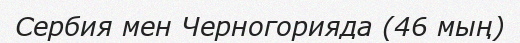
Сербия мен Черногорияда (46 мың)